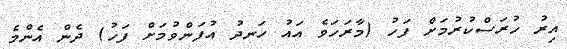
އިރު ހުރަސްކުރުމަށް ފަހު (މާރަހަވެ އައު ހަނދު އުފަންވުމަށް ފަހު) ދެން އެންމެ